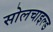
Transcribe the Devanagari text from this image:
सोलचाइल्ड